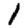
Digit: 1